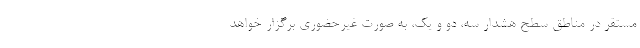
مستقر در مناطق سطح هشدار سه، دو و یک، به صورت غیرحضوری برگزار خواهد